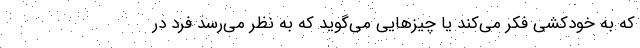
که به خودکشی فکر می‌کند یا چیزهایی می‌گوید که به نظر می‌رسد فرد در